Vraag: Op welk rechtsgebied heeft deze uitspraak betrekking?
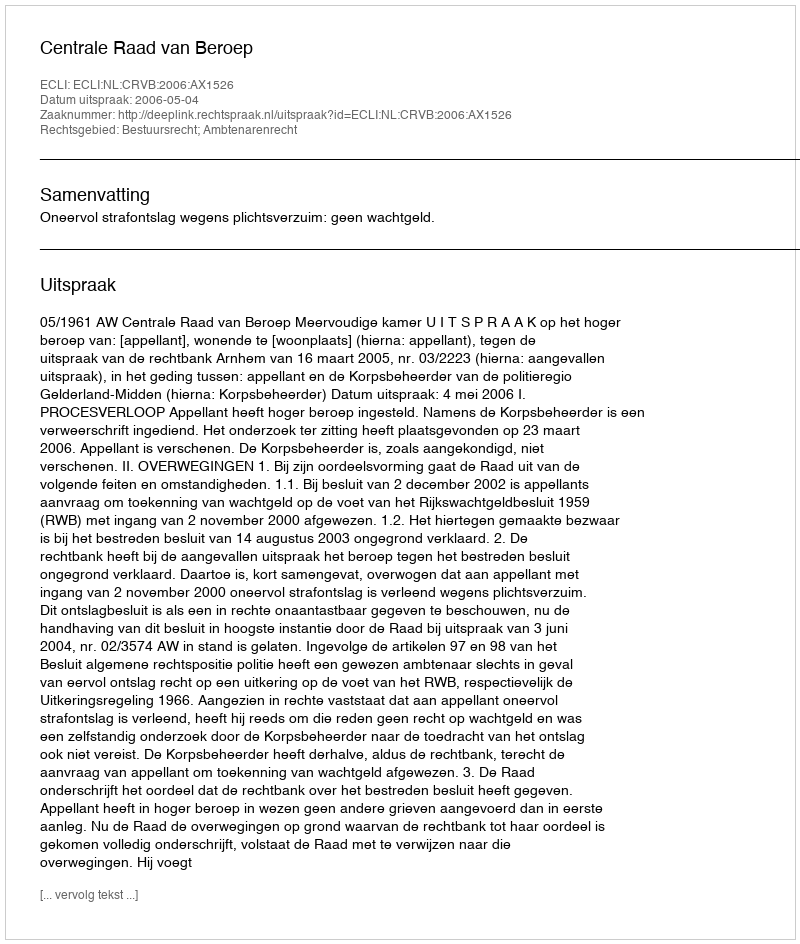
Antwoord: Bestuursrecht; Ambtenarenrecht